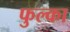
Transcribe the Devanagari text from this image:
फुल्का